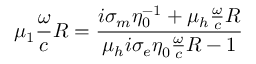
\mu _ { 1 } \frac { \omega } { c } R = \frac { i \sigma _ { m } \eta _ { 0 } ^ { - 1 } + \mu _ { h } \frac { \omega } { c } R } { \mu _ { h } i \sigma _ { e } \eta _ { 0 } ^ { } \frac { \omega } { c } R - 1 }